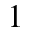
1